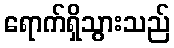
ရောက်ရှိသွားသည်